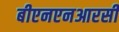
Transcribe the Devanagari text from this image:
बीएनएनआरसी